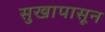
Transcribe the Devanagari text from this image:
सुखापासून